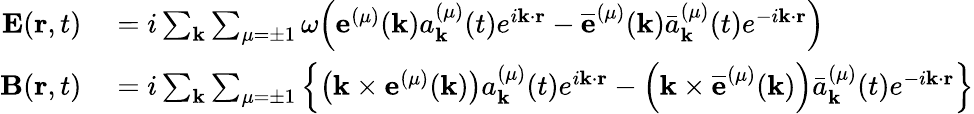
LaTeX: \begin{array}{rl}{\mathbf{E}(\mathbf{r},t)}&{{}=i\sum_{\mathbf{k}}{\sum_{\mu=\pm 1}\omega{\left({\mathbf{e}^{(\mu)}}(\mathbf{k})a_{\mathbf{k}}^{(\mu)}(t){e^{i\mathbf{k}\cdot\mathbf{r}}}-{{\overline{{\mathbf{e}}}}^{(\mu)}}(\mathbf{k}){\bar{a}}_{\mathbf{k}}^{(\mu)}(t){{e}^{-i\mathbf{k}\cdot\mathbf{r}}}\right)}}}\\ {\mathbf{B}(\mathbf{r},t)}&{{}=i\sum_{\mathbf{k}}\sum_{\mu=\pm 1}\left\{ \left(\mathbf{k}\times{{\mathbf{e}}^{(\mu)}}(\mathbf{k})\right)a_{\mathbf{k}}^{(\mu)}(t)e^{i\mathbf{k}\cdot\mathbf{r}}-\left(\mathbf{k}\times{{\overline{{\mathbf{e}}}}^{(\mu)}}(\mathbf{k})\right){\bar{a}}_{\mathbf{k}}^{(\mu)}(t){{e}^{-i\mathbf{k}\cdot\mathbf{r}}}\right\} }\end{array}